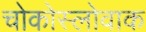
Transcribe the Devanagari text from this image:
चोकोस्लोवाक